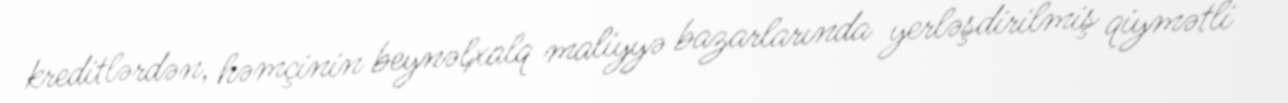
kreditlərdən, həmçinin beynəlxalq maliyyə bazarlarında yerləşdirilmiş qiymətli